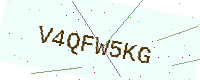
Text: V4QFW5KG